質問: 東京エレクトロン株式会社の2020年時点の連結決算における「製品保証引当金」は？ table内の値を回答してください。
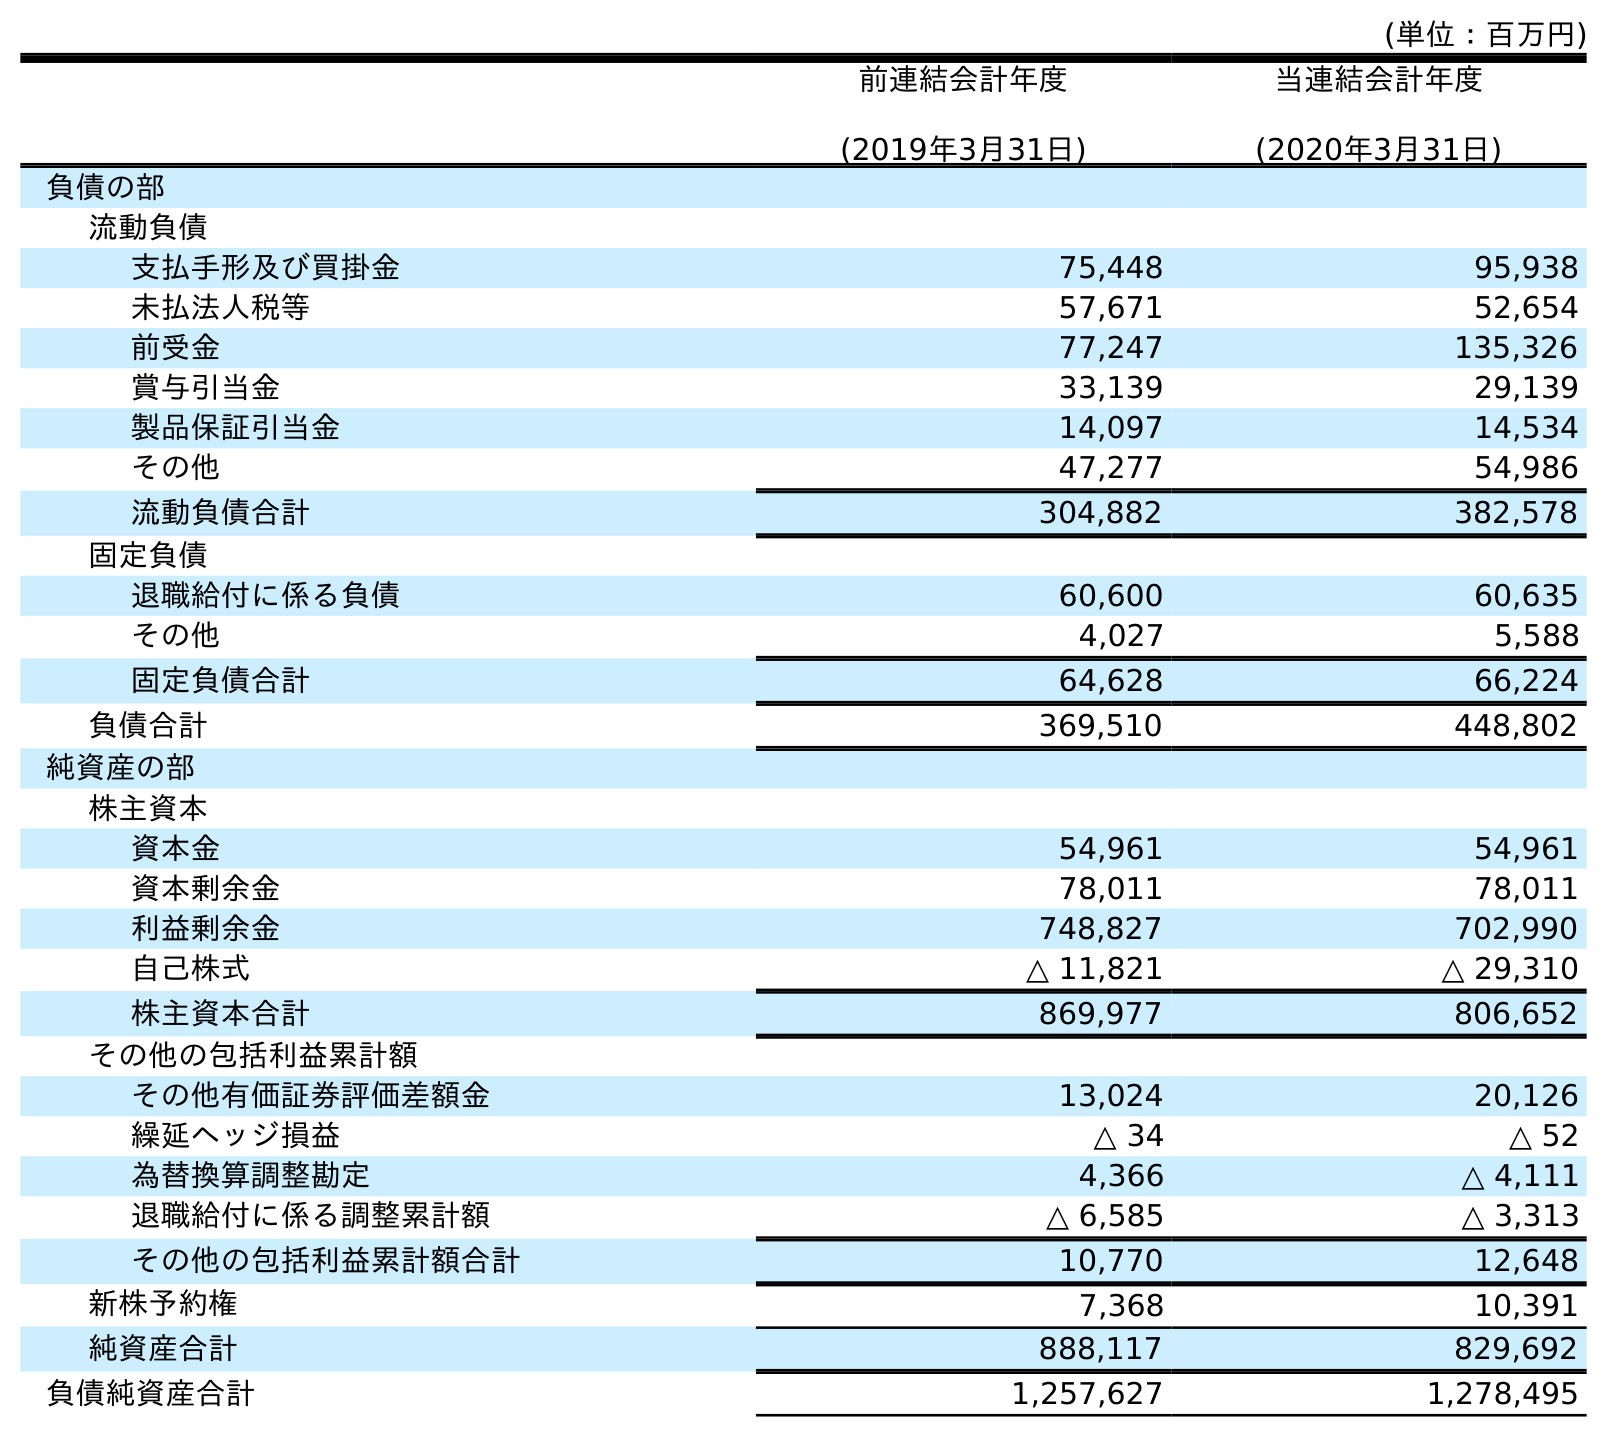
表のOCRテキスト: (単位：百万円) 前連結会計年度 (2019年3月31日) 当連結会計年度 (2020年3月31日) 負債の部 流動負債 支払手形及び買掛金 75,448 95,938 未払法人税等 57,671 52,654 前受金 77,247 135,326 賞与引当金 33,139 29,139 製品保証引当金 14,097 14,534 その他 47,277 54,986 流動負債合計 304,882 382,578 固定負債 退職給付に係る負債 60,600 60,635 その他 4,027 5,588 固定負債合計 64,628 66,224 負債合計 369,510 448,802 純資産の部 株主資本 資本金 54,961 54,961 資本剰余金 78,011 78,011 利益剰余金 748,827 702,990 自己株式 △ 11,821 △ 29,310 株主資本合計 869,977 806,652 その他の包括利益累計額 その他有価証券評価差額金 13,024 20,126 繰延ヘッジ損益 △ 34 △ 52 為替換算調整勘定 4,366 △ 4,111 退職給付に係る調整累計額 △ 6,585 △ 3,313 その他の包括利益累計額合計 10,770 12,648 新株予約権 7,368 10,391 純資産合計 888,117 829,692 負債純資産合計 1,257,627 1,278,495
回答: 14,534